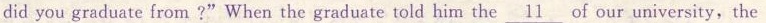
did you graduate from?"When the graduate told him the \underline{11} of our university,the